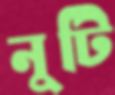
নুটি